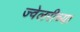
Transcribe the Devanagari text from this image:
ज्वेलरीच्या